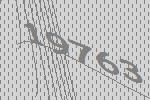
19763